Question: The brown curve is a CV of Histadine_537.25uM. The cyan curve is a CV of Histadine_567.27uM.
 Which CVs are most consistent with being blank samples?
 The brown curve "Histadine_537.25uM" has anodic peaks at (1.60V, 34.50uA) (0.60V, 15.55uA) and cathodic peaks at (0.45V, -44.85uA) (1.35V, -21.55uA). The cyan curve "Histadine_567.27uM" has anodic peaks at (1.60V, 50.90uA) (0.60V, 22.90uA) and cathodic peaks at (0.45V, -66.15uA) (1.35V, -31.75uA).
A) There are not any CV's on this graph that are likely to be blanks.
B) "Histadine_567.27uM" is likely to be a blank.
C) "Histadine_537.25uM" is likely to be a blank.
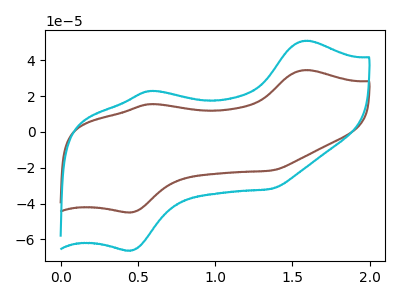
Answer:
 <answer>A) There are not any CV's on this graph that are likely to be blanks.</answer>
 <eval>A</eval>